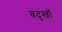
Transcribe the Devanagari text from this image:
बंदुखाँ